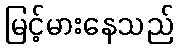
မြင့်မားနေသည်